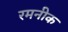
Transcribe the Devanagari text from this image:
रमनीक